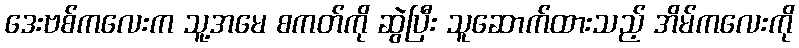
ဒေးဗစ်ကလေးက သူ့အမေ စကတ်ကို ဆွဲပြီး သူဆောက်ထားသည့် အိမ်ကလေးကို